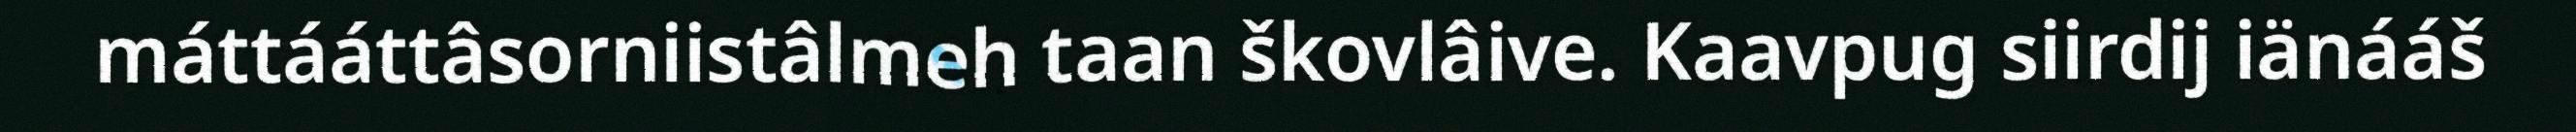
máttááttâsorniistâlmeh taan škovlâive. Kaavpug siirdij iänááš